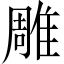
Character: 雕